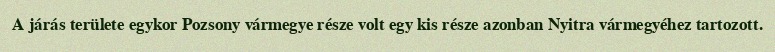
A járás területe egykor Pozsony vármegye része volt egy kis része azonban Nyitra vármegyéhez tartozott.